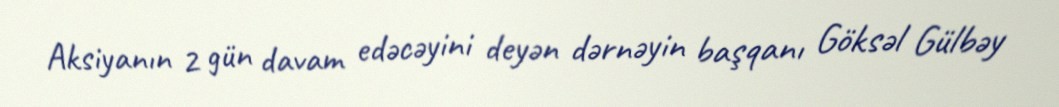
Aksiyanın 2 gün davam edəcəyini deyən dərnəyin başqanı Göksəl Gülbəy